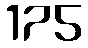
175